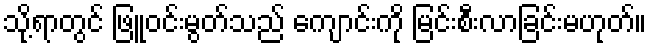
သို့ရာတွင် ဖြူဝင်းမွတ်သည် ကျောင်းကို မြင်းစီးလာခြင်းမဟုတ်။